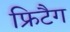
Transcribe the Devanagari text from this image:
फ्रिटैग